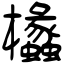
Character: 欚